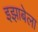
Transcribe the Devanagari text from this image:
इझाबेला